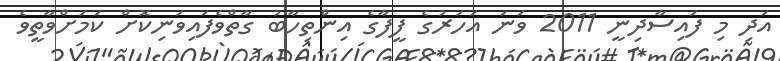
އަދި މި ފައިސާދިނީ 2011 ވަނަ އަހަރުގެ ފީފާގެ އިންތިހާބު ގާތްވެފައިވަނިކޮށް ކަމަށްވާތީވެ